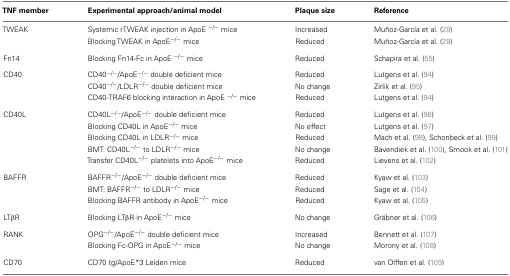
<table><thead><tr><td><b>TNF member</b></td><td><b>Experimental approach/animal model</b></td><td><b>Plaque size</b></td><td><b>Reference</b></td></tr></thead><tbody><tr><td>TWEAK</td><td>Systemic rTWEAK injection in ApoE <sup>−/−</sup>mice</td><td>Increased</td><td>Muñoz-García et al. (28 )</td></tr><tr><td></td><td>Blocking TWEAK in ApoE<sup>−/−</sup>mice</td><td>Reduced</td><td>Muñoz-García et al. (28 )</td></tr><tr><td>Fn14</td><td>Blocking Fn14-Fc in ApoE <sup>−/−</sup>mice</td><td>Reduced</td><td>Schapira et al. (55 )</td></tr><tr><td>CD40</td><td>CD40<sup>−/−</sup>/ApoE<sup>−/−</sup>double deficient mice</td><td>Reduced</td><td>Lutgens et al. (94)</td></tr><tr><td></td><td>CD40<sup>−/−</sup>/LDLR<sup>−/−</sup>double deficient mice</td><td>No change</td><td>Zirlik et al. (95)</td></tr><tr><td></td><td>CD40-TRAF6 blocking interaction in ApoE <sup>−/−</sup>mice</td><td>Reduced</td><td>Lutgens et al. (94 )</td></tr><tr><td>CD40L</td><td>CD40L<sup>−/−</sup>/ApoE<sup>−/−</sup>double deficient mice</td><td>Reduced</td><td>Lutgens et al. (96)</td></tr><tr><td></td><td>Blocking CD40L in ApoE<sup>−/−</sup>mice</td><td>No effect</td><td>Lutgens et al. (97 )</td></tr><tr><td></td><td>Blocking CD40L in LDLR<sup>−/−</sup>mice</td><td>Reduced</td><td>Mach et al. (98 ), Schonbeck et al. (99 )</td></tr><tr><td></td><td>BMT: CD40L<sup>−/−</sup>to LDLR<sup>−/−</sup>mice</td><td>No change</td><td>Bavendiek et al. (100), Smook et al. (101)</td></tr><tr><td></td><td>Transfer CD40L<sup>−/−</sup>platelets into ApoE<sup>−/−</sup>mice</td><td>Reduced</td><td>Lievens et al. (102)</td></tr><tr><td>BAFFR</td><td>BAFFR<sup>−/−</sup>/ApoE<sup>−/−</sup>double deficient mice</td><td>Reduced</td><td>Kyaw et al. (103)</td></tr><tr><td></td><td>BMT: BAFFR<sup>−/−</sup>to LDLR<sup>−/−</sup>mice</td><td>Reduced</td><td>Sage et al. (104)</td></tr><tr><td></td><td>Blocking BAFFR antibody in ApoE<sup>−/−</sup>mice</td><td>Reduced</td><td>Kyaw et al. (105 )</td></tr><tr><td>LTβR</td><td>Blocking LTβR in ApoE<sup>−/−</sup>mice</td><td>No change</td><td>Gräbner et al. (106)</td></tr><tr><td>RANK</td><td>OPG<sup>−/−</sup>/ApoE<sup>−/−</sup>double deficient mice</td><td>Increased</td><td>Bennett et al. (107)</td></tr><tr><td></td><td>Blocking Fc-OPG in ApoE<sup>−/−</sup>mice</td><td>No change</td><td>Morony et al. (108 )</td></tr><tr><td>CD70</td><td>CD70 tg/ApoE*3 Leiden mice</td><td>Reduced</td><td>van Olffen et al. (109 )</td></tr></tbody></table>